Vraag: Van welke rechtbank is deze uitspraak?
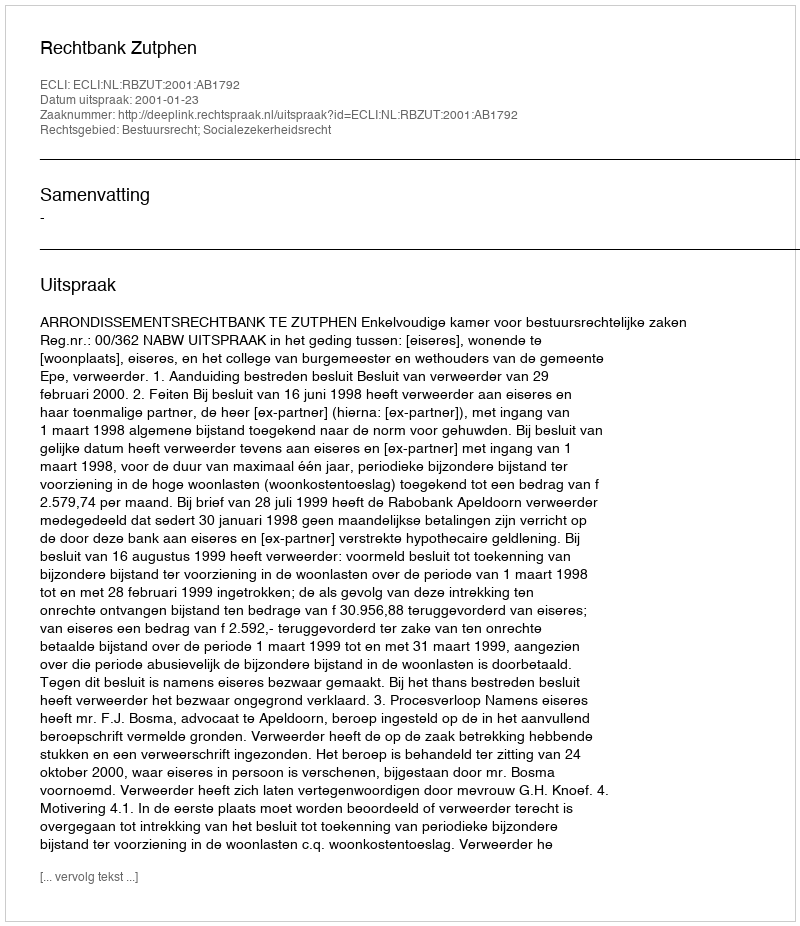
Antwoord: Rechtbank Zutphen